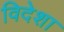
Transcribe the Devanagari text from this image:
विदेशा